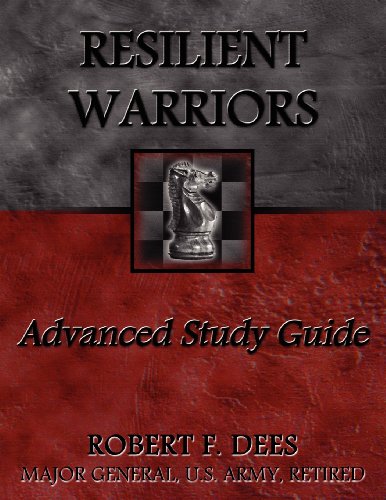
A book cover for Resilient Warriors: Advanced Study Guide; Robert F. Dees; Christian Books & Bibles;